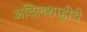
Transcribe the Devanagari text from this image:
अदिलशाहीचे